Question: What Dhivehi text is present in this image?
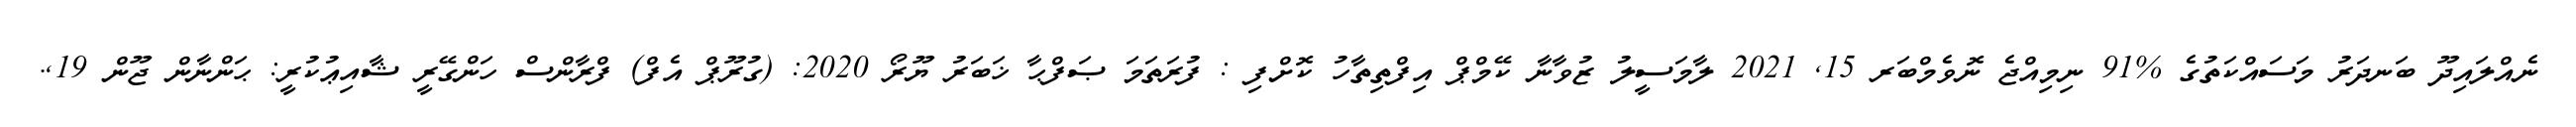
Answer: ނެއްލައިދޫ ބަނދަރު މަސައްކަތުގެ %91 ނިމިއްޖެ ނޮވެމްބަރ 15, 2021 ލާމަސީލު ޒުވާނާ ކޭމްޕް އިފްތިތާހު ކޮށްފި : ފުރަތަމަ ޞަފްޙާ ޚަބަރު ޔޫރޯ 2020: (ގުރޫޕް އެފް) ފްރާންސް ހަންގޭރީ ޝާއިޢުކުރީ: ޙަންނާން ޖޫން 19,.